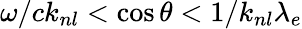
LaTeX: \omega/ck_{nl}<\cos\theta<1/k_{nl}\lambda_{e}